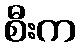
စီးက